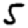
Digit: 5